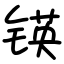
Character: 锳